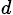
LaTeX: _d